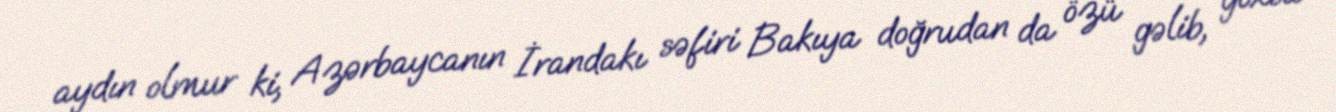
aydın olmur ki, Azərbaycanın İrandakı səfiri Bakıya doğrudan da özü gəlib, yoxsa